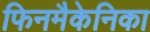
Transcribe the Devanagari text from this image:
फिनमैकेनिका